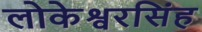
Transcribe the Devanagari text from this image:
लोकेश्वरसिंह